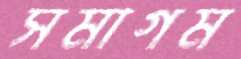
সমাগম